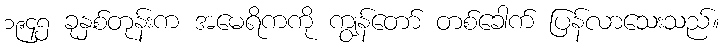
၁၉၄၅ ခုနှစ်တုန်းက အမေရိကကို ကျွန်တော် တစ်ခေါက် ပြန်လာသေးသည်။